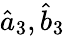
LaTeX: \hat{a}_{3},\hat{b}_{3}